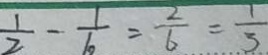
\frac { 1 } { 2 } - \frac { 1 } { 6 } = \frac { 2 } { 6 } = \frac { 1 } { 5 }